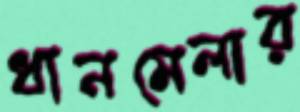
ধানমেলার